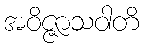
အဝိဇ္ဇာသဝါတိ